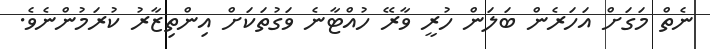
ނެތް މަގަށް އަހަރެން ބަލަން ހުރީ ވާރޭ ހުއްޓާނެ ވަގުތަކަށް އިންތިޒާރު ކުރަމުންނެވެ.